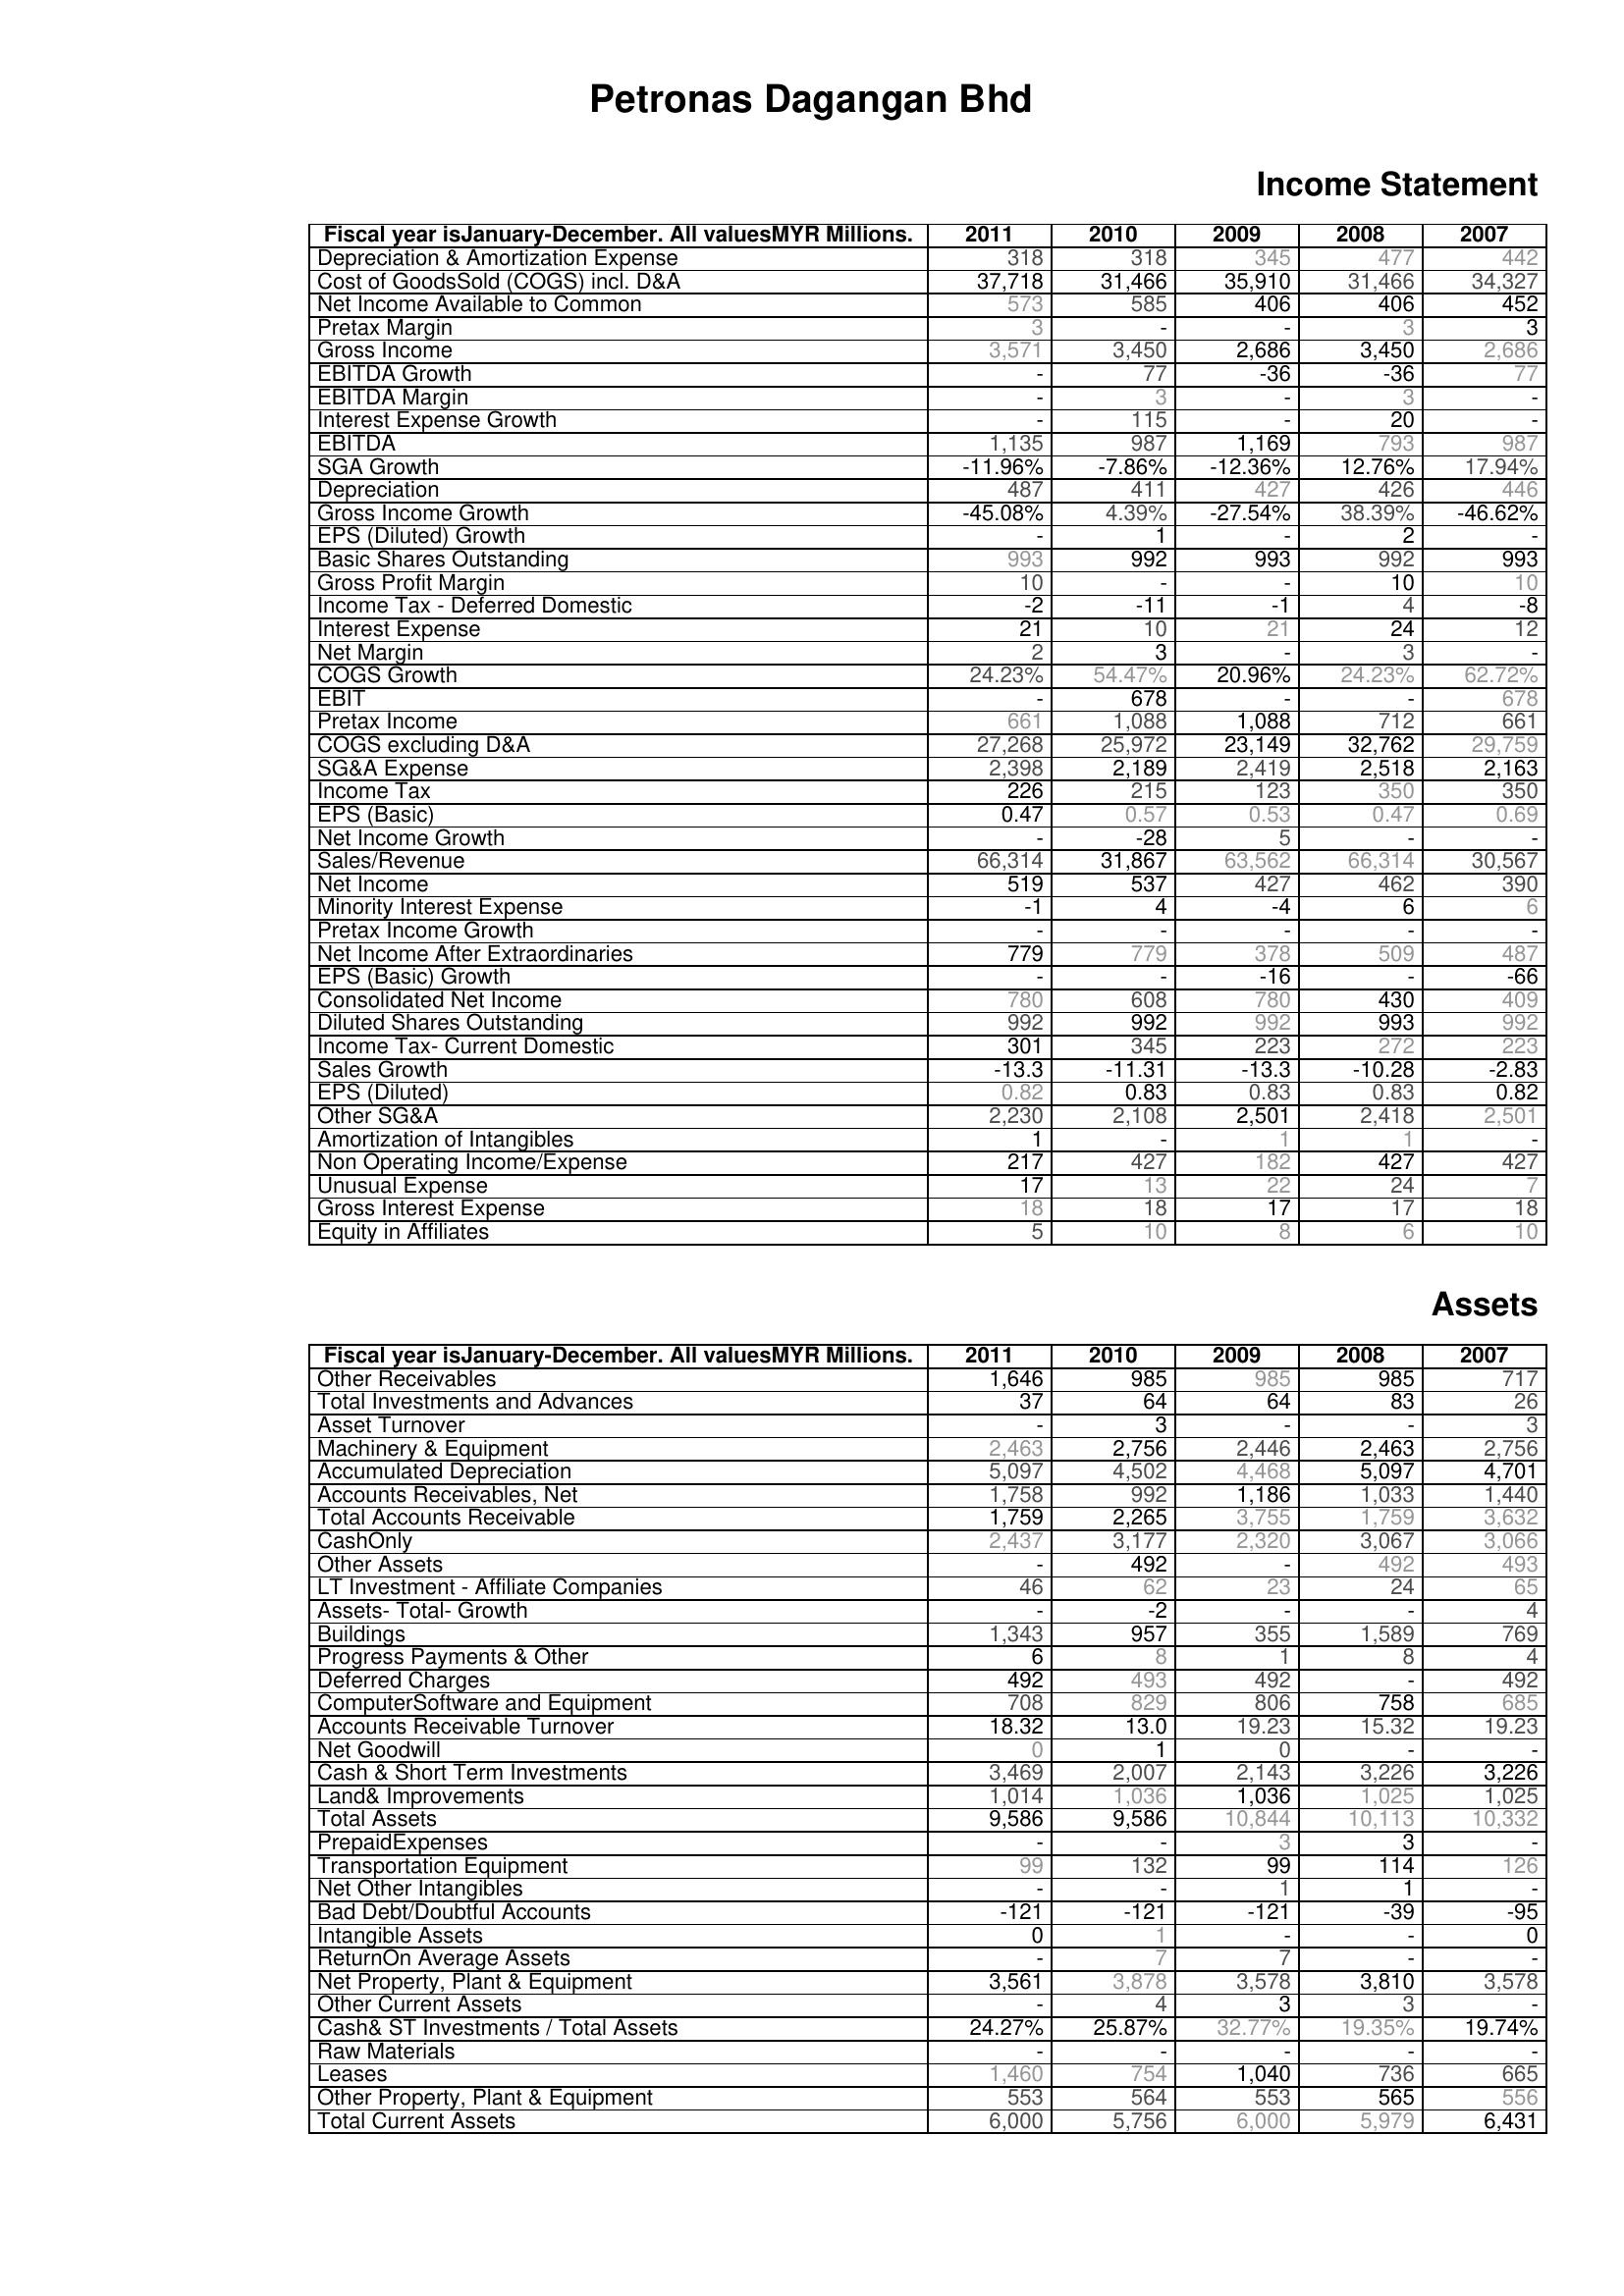
2011: Income Statement: Depreciation & Amortization Expense: 318
Cost of GoodsSold (COGS) incl. D&A: 37,718
Net Income Available to Common: 573
Pretax Margin: 3
Gross Income: 3,571
EBITDA Growth: -
EBITDA Margin: -
Interest Expense Growth: -
EBITDA: 1,135
SGA Growth: -11.96%
Depreciation: 487
Gross Income Growth: -45.08%
EPS (Diluted) Growth: -
Basic Shares Outstanding: 993
Gross Profit Margin: 10
Income Tax - Deferred Domestic: -2
Interest Expense: 21
Net Margin: 2
COGS Growth: 24.23%
EBIT: -
Pretax Income: 661
COGS excluding D&A: 27,268
SG&A Expense: 2,398
Income Tax: 226
EPS (Basic): 0.47
Net Income Growth: -
Sales/Revenue: 66,314
Net Income: 519
Minority Interest Expense: -1
Pretax Income Growth: -
Net Income After Extraordinaries: 779
EPS (Basic) Growth: -
Consolidated Net Income: 780
Diluted Shares Outstanding: 992
Income Tax- Current Domestic: 301
Sales Growth: -13.3
EPS (Diluted): 0.82
Other SG&A: 2,230
Amortization of Intangibles: 1
Non Operating Income/Expense: 217
Unusual Expense: 17
Gross Interest Expense: 18
Equity in Affiliates: 5
Assets: Other Receivables: 1,646
Total Investments and Advances: 37
Asset Turnover: -
Machinery & Equipment: 2,463
Accumulated Depreciation: 5,097
Accounts Receivables, Net: 1,758
Total Accounts Receivable: 1,759
CashOnly: 2,437
Other Assets: -
LT Investment - Affiliate Companies: 46
Assets- Total- Growth: -
Buildings: 1,343
Progress Payments & Other: 6
Deferred Charges: 492
ComputerSoftware and Equipment: 708
Accounts Receivable Turnover: 18.32
Net Goodwill: 0
Cash & Short Term Investments: 3,469
Land& Improvements: 1,014
Total Assets: 9,586
PrepaidExpenses: -
Transportation Equipment: 99
Net Other Intangibles: -
Bad Debt/Doubtful Accounts: -121
Intangible Assets: 0
ReturnOn Average Assets: -
Net Property, Plant & Equipment: 3,561
Other Current Assets: -
Cash& ST Investments / Total Assets: 24.27%
Raw Materials: -
Leases: 1,460
Other Property, Plant & Equipment: 553
Total Current Assets: 6,000
2010: Income Statement: Depreciation & Amortization Expense: 318
Cost of GoodsSold (COGS) incl. D&A: 31,466
Net Income Available to Common: 585
Pretax Margin: -
Gross Income: 3,450
EBITDA Growth: 77
EBITDA Margin: 3
Interest Expense Growth: 115
EBITDA: 987
SGA Growth: -7.86%
Depreciation: 411
Gross Income Growth: 4.39%
EPS (Diluted) Growth: 1
Basic Shares Outstanding: 992
Gross Profit Margin: -
Income Tax - Deferred Domestic: -11
Interest Expense: 10
Net Margin: 3
COGS Growth: 54.47%
EBIT: 678
Pretax Income: 1,088
COGS excluding D&A: 25,972
SG&A Expense: 2,189
Income Tax: 215
EPS (Basic): 0.57
Net Income Growth: -28
Sales/Revenue: 31,867
Net Income: 537
Minority Interest Expense: 4
Pretax Income Growth: -
Net Income After Extraordinaries: 779
EPS (Basic) Growth: -
Consolidated Net Income: 608
Diluted Shares Outstanding: 992
Income Tax- Current Domestic: 345
Sales Growth: -11.31
EPS (Diluted): 0.83
Other SG&A: 2,108
Amortization of Intangibles: -
Non Operating Income/Expense: 427
Unusual Expense: 13
Gross Interest Expense: 18
Equity in Affiliates: 10
Assets: Other Receivables: 985
Total Investments and Advances: 64
Asset Turnover: 3
Machinery & Equipment: 2,756
Accumulated Depreciation: 4,502
Accounts Receivables, Net: 992
Total Accounts Receivable: 2,265
CashOnly: 3,177
Other Assets: 492
LT Investment - Affiliate Companies: 62
Assets- Total- Growth: -2
Buildings: 957
Progress Payments & Other: 8
Deferred Charges: 493
ComputerSoftware and Equipment: 829
Accounts Receivable Turnover: 13.0
Net Goodwill: 1
Cash & Short Term Investments: 2,007
Land& Improvements: 1,036
Total Assets: 9,586
PrepaidExpenses: -
Transportation Equipment: 132
Net Other Intangibles: -
Bad Debt/Doubtful Accounts: -121
Intangible Assets: 1
ReturnOn Average Assets: 7
Net Property, Plant & Equipment: 3,878
Other Current Assets: 4
Cash& ST Investments / Total Assets: 25.87%
Raw Materials: -
Leases: 754
Other Property, Plant & Equipment: 564
Total Current Assets: 5,756
2009: Income Statement: Depreciation & Amortization Expense: 345
Cost of GoodsSold (COGS) incl. D&A: 35,910
Net Income Available to Common: 406
Pretax Margin: -
Gross Income: 2,686
EBITDA Growth: -36
EBITDA Margin: -
Interest Expense Growth: -
EBITDA: 1,169
SGA Growth: -12.36%
Depreciation: 427
Gross Income Growth: -27.54%
EPS (Diluted) Growth: -
Basic Shares Outstanding: 993
Gross Profit Margin: -
Income Tax - Deferred Domestic: -1
Interest Expense: 21
Net Margin: -
COGS Growth: 20.96%
EBIT: -
Pretax Income: 1,088
COGS excluding D&A: 23,149
SG&A Expense: 2,419
Income Tax: 123
EPS (Basic): 0.53
Net Income Growth: 5
Sales/Revenue: 63,562
Net Income: 427
Minority Interest Expense: -4
Pretax Income Growth: -
Net Income After Extraordinaries: 378
EPS (Basic) Growth: -16
Consolidated Net Income: 780
Diluted Shares Outstanding: 992
Income Tax- Current Domestic: 223
Sales Growth: -13.3
EPS (Diluted): 0.83
Other SG&A: 2,501
Amortization of Intangibles: 1
Non Operating Income/Expense: 182
Unusual Expense: 22
Gross Interest Expense: 17
Equity in Affiliates: 8
Assets: Other Receivables: 985
Total Investments and Advances: 64
Asset Turnover: -
Machinery & Equipment: 2,446
Accumulated Depreciation: 4,468
Accounts Receivables, Net: 1,186
Total Accounts Receivable: 3,755
CashOnly: 2,320
Other Assets: -
LT Investment - Affiliate Companies: 23
Assets- Total- Growth: -
Buildings: 355
Progress Payments & Other: 1
Deferred Charges: 492
ComputerSoftware and Equipment: 806
Accounts Receivable Turnover: 19.23
Net Goodwill: 0
Cash & Short Term Investments: 2,143
Land& Improvements: 1,036
Total Assets: 10,844
PrepaidExpenses: 3
Transportation Equipment: 99
Net Other Intangibles: 1
Bad Debt/Doubtful Accounts: -121
Intangible Assets: -
ReturnOn Average Assets: 7
Net Property, Plant & Equipment: 3,578
Other Current Assets: 3
Cash& ST Investments / Total Assets: 32.77%
Raw Materials: -
Leases: 1,040
Other Property, Plant & Equipment: 553
Total Current Assets: 6,000
2008: Income Statement: Depreciation & Amortization Expense: 477
Cost of GoodsSold (COGS) incl. D&A: 31,466
Net Income Available to Common: 406
Pretax Margin: 3
Gross Income: 3,450
EBITDA Growth: -36
EBITDA Margin: 3
Interest Expense Growth: 20
EBITDA: 793
SGA Growth: 12.76%
Depreciation: 426
Gross Income Growth: 38.39%
EPS (Diluted) Growth: 2
Basic Shares Outstanding: 992
Gross Profit Margin: 10
Income Tax - Deferred Domestic: 4
Interest Expense: 24
Net Margin: 3
COGS Growth: 24.23%
EBIT: -
Pretax Income: 712
COGS excluding D&A: 32,762
SG&A Expense: 2,518
Income Tax: 350
EPS (Basic): 0.47
Net Income Growth: -
Sales/Revenue: 66,314
Net Income: 462
Minority Interest Expense: 6
Pretax Income Growth: -
Net Income After Extraordinaries: 509
EPS (Basic) Growth: -
Consolidated Net Income: 430
Diluted Shares Outstanding: 993
Income Tax- Current Domestic: 272
Sales Growth: -10.28
EPS (Diluted): 0.83
Other SG&A: 2,418
Amortization of Intangibles: 1
Non Operating Income/Expense: 427
Unusual Expense: 24
Gross Interest Expense: 17
Equity in Affiliates: 6
Assets: Other Receivables: 985
Total Investments and Advances: 83
Asset Turnover: -
Machinery & Equipment: 2,463
Accumulated Depreciation: 5,097
Accounts Receivables, Net: 1,033
Total Accounts Receivable: 1,759
CashOnly: 3,067
Other Assets: 492
LT Investment - Affiliate Companies: 24
Assets- Total- Growth: -
Buildings: 1,589
Progress Payments & Other: 8
Deferred Charges: -
ComputerSoftware and Equipment: 758
Accounts Receivable Turnover: 15.32
Net Goodwill: -
Cash & Short Term Investments: 3,226
Land& Improvements: 1,025
Total Assets: 10,113
PrepaidExpenses: 3
Transportation Equipment: 114
Net Other Intangibles: 1
Bad Debt/Doubtful Accounts: -39
Intangible Assets: -
ReturnOn Average Assets: -
Net Property, Plant & Equipment: 3,810
Other Current Assets: 3
Cash& ST Investments / Total Assets: 19.35%
Raw Materials: -
Leases: 736
Other Property, Plant & Equipment: 565
Total Current Assets: 5,979
2007: Income Statement: Depreciation & Amortization Expense: 442
Cost of GoodsSold (COGS) incl. D&A: 34,327
Net Income Available to Common: 452
Pretax Margin: 3
Gross Income: 2,686
EBITDA Growth: 77
EBITDA Margin: -
Interest Expense Growth: -
EBITDA: 987
SGA Growth: 17.94%
Depreciation: 446
Gross Income Growth: -46.62%
EPS (Diluted) Growth: -
Basic Shares Outstanding: 993
Gross Profit Margin: 10
Income Tax - Deferred Domestic: -8
Interest Expense: 12
Net Margin: -
COGS Growth: 62.72%
EBIT: 678
Pretax Income: 661
COGS excluding D&A: 29,759
SG&A Expense: 2,163
Income Tax: 350
EPS (Basic): 0.69
Net Income Growth: -
Sales/Revenue: 30,567
Net Income: 390
Minority Interest Expense: 6
Pretax Income Growth: -
Net Income After Extraordinaries: 487
EPS (Basic) Growth: -66
Consolidated Net Income: 409
Diluted Shares Outstanding: 992
Income Tax- Current Domestic: 223
Sales Growth: -2.83
EPS (Diluted): 0.82
Other SG&A: 2,501
Amortization of Intangibles: -
Non Operating Income/Expense: 427
Unusual Expense: 7
Gross Interest Expense: 18
Equity in Affiliates: 10
Assets: Other Receivables: 717
Total Investments and Advances: 26
Asset Turnover: 3
Machinery & Equipment: 2,756
Accumulated Depreciation: 4,701
Accounts Receivables, Net: 1,440
Total Accounts Receivable: 3,632
CashOnly: 3,066
Other Assets: 493
LT Investment - Affiliate Companies: 65
Assets- Total- Growth: 4
Buildings: 769
Progress Payments & Other: 4
Deferred Charges: 492
ComputerSoftware and Equipment: 685
Accounts Receivable Turnover: 19.23
Net Goodwill: -
Cash & Short Term Investments: 3,226
Land& Improvements: 1,025
Total Assets: 10,332
PrepaidExpenses: -
Transportation Equipment: 126
Net Other Intangibles: -
Bad Debt/Doubtful Accounts: -95
Intangible Assets: 0
ReturnOn Average Assets: -
Net Property, Plant & Equipment: 3,578
Other Current Assets: -
Cash& ST Investments / Total Assets: 19.74%
Raw Materials: -
Leases: 665
Other Property, Plant & Equipment: 556
Total Current Assets: 6,431